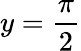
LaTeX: y=\frac\pi 2